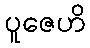
ပူဇေဟိ